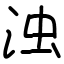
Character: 浊